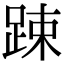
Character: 踈